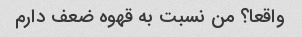
واقعا؟ من نسبت به قهوه ضعف دارم